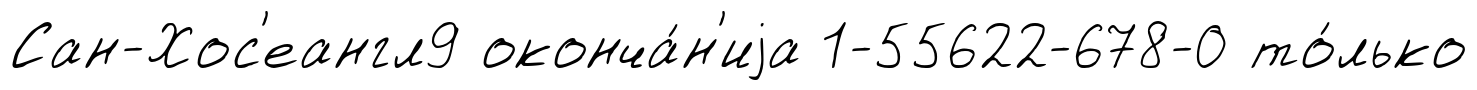
Сан-Хос'еангл9 оконча́н'иjа 1-55622-678-0 то́лько